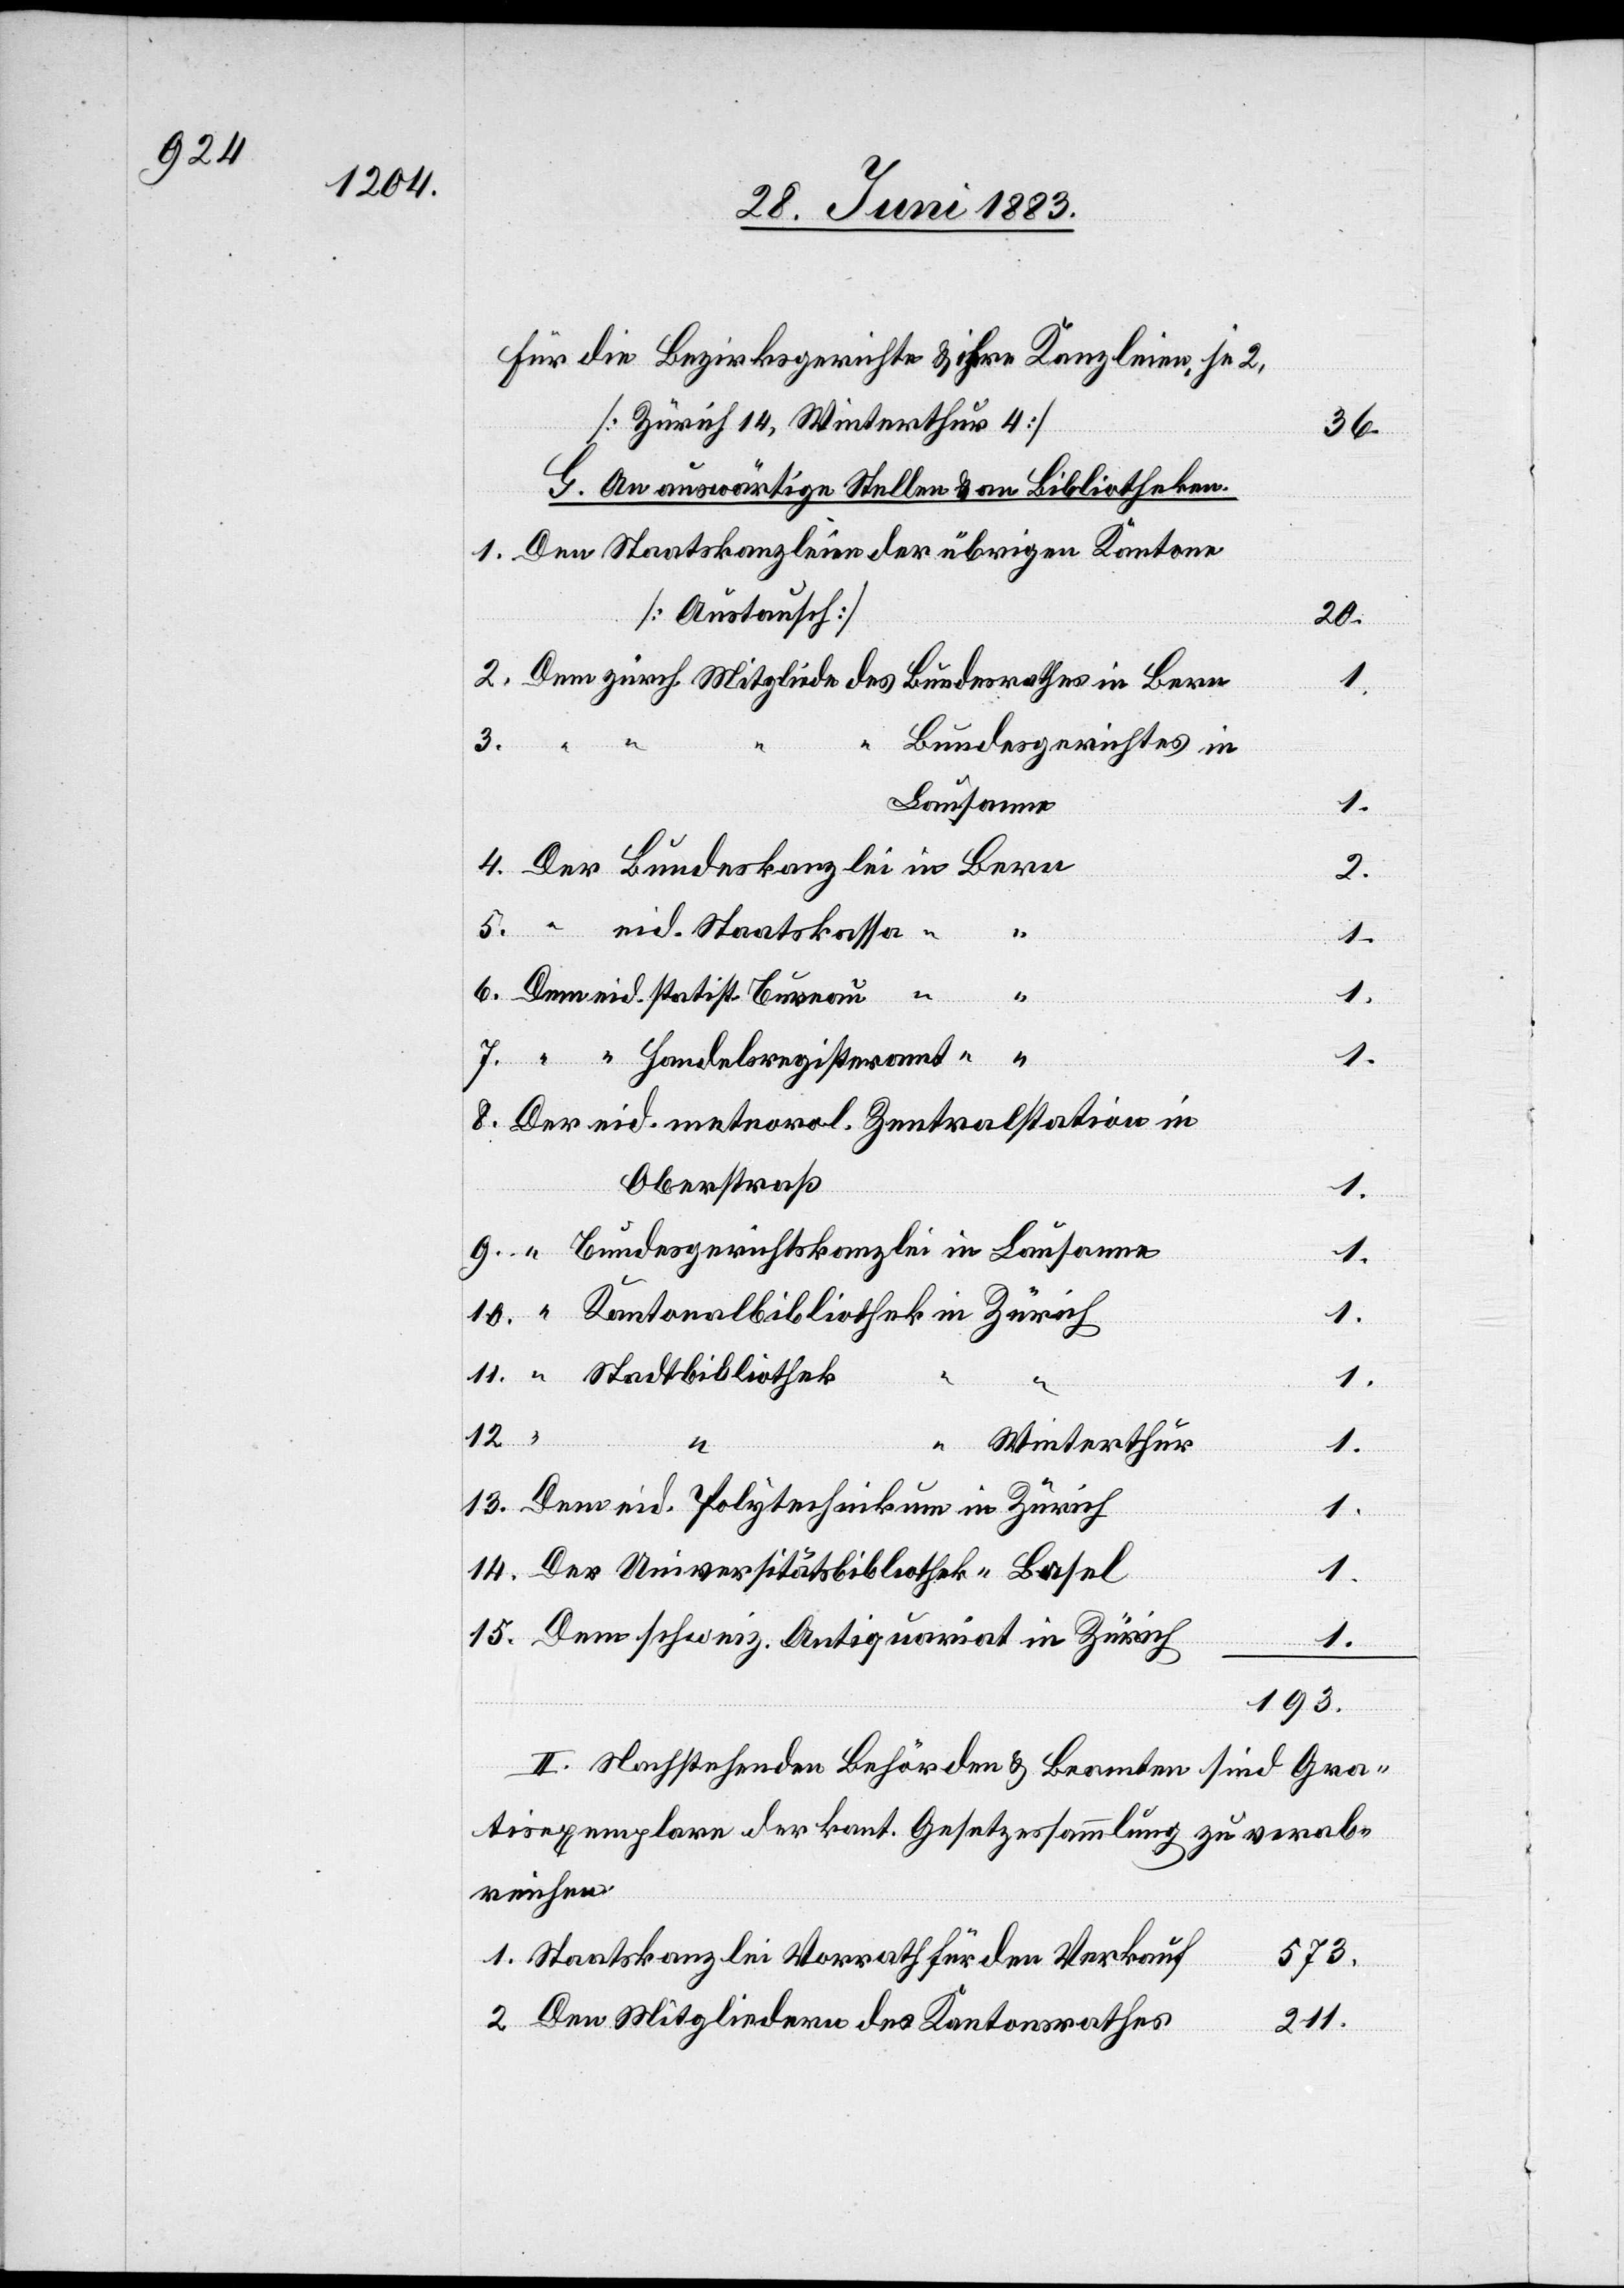
Für die Bezirksgerichte & ihre Kanzleien, je 2,
[Zürich 14, Winterthur 4]
36.
G. An auswärtige Stellen & an Bibliotheken.
Den Staatskanzleien der übrigen Kantone
[Austausch]
2.
Dem zürch. Mitgliede des Bundesrathes in Bern
1.
3.
Bundesgerichtes in
Lausanne
4.
Der Bundeskanzlei in Bern
5.
“ eid. Staatskasse “
“
1.
6.
Dem eid. statist Bureau “
1.
7.
Der eid. meteorol. Zentralstation in
Oberstraß
1.
“ Bundesgerichtskanzlei in Lausanne
“ Kantonalbibliothek in Zürich
11.
“ Stadtbibliothek
“
1.
2.
15.
Winterthur
14.
Dem eid. Polytechnikum in Zürich
1.
Der Universitätsbibliothek in Basel
Dem schweiz. Antiquariat in Zürich
1.
193.
II. Nachstehenden Behörden & Beamten sind Gra¬
tisexemplare der kant. Gesetzessammlung zu verab¬
reichen
Staatskanzlei Vorrath für den Verkauf
573.
Den Mitgliedern des Kantonsrathes
211.